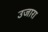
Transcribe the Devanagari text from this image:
उजारा